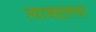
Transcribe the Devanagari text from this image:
त्याबद्दलचा